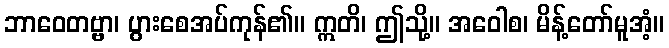
ဘာဝေတဗ္ဗာ၊ ပွားစေအပ်ကုန်၏။ ဣတိ၊ ဤသို့။ အဝေါစ၊ မိန့်တော်မူအံ့။